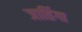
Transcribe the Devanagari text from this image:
जातिंगा